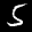
Label: 5